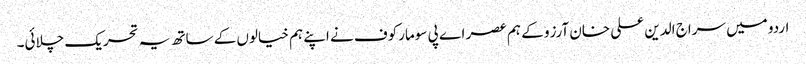
اردو میں سراج الدین علی خان آرزو کے ہم عصر اے پی سومارکوف نے اپنے ہم خیالوں کے ساتھ یہ تحریک چلائی۔